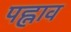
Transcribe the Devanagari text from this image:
पह्नाव